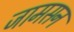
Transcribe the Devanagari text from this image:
जामसन